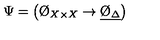
\Psi = \left( \O _ { X \times X } \to \underline { { \O _ { \Delta } } } \right)